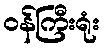
ဝန်ကြီးရုံး